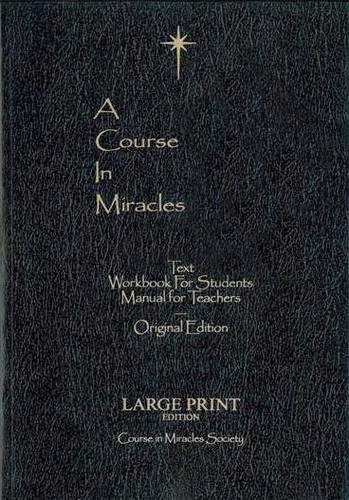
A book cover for A Course in Miracles Original edition Large Print; Helen Schucman; Religion & Spirituality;